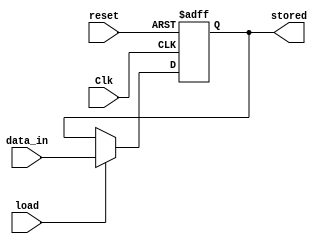
//Parallel in parallel out
//Load is synchrocnous set
module Reg_8bit(data_in,load,reset,Clk,stored);

	//inputs and outputs
	input [7:0] data_in;
	input load,reset;
	input Clk;
	output reg [7:0] stored;
	
	//Function
	always@(posedge Clk or posedge reset)
	begin
		
		if(reset==1)
		begin
			stored<=8'd0;
		end
	
		else if(load==1)
		begin
			stored<=data_in;
		end
		
	end
	
endmodule